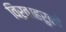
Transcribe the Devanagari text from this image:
विरुवाहरुको